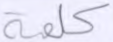
كلمة